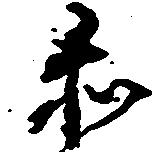
赤